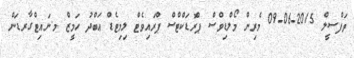
ތަފްސީލް 2015-06-09 މެރިން މޯލްޑިވްސް ޕްރޮޑަކްޓްސް ޕްރައިވެޓް ލިމިޓެޑް ޢަބްދު ހަމީޒް މ.ނައިޓްގާރޑަން